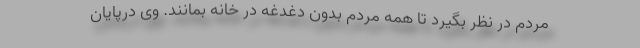
مردم در نظر بگیرد تا همه مردم بدون دغدغه در خانه بمانند. وی درپایان